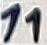
Text: 11